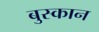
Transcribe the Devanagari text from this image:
बुस्कान